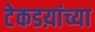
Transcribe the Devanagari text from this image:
टेकडय़ांच्या